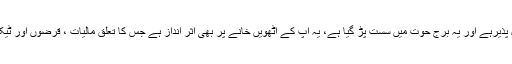
سیارہ عطارد زوال پذیرہے اور یہ برج حوت میں سست پڑ گیا ہے، یہ آپ کے آٹھویں خانے پر بھی اثر انداز ہے جس کا تعلق مالیات ، قرضوں اور ٹیکسوں سے بھی ہے۔